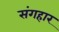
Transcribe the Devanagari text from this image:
संगहार